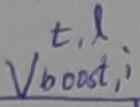
Text: t,l vboost,i